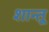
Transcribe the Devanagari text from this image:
शान्तू